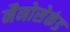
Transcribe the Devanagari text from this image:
नैनोसेकंड